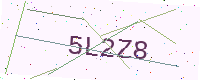
Text: 5L2Z8